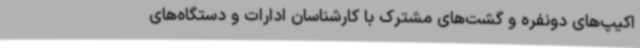
اکیپ‌های دونفره و گشت‌های مشترک با کارشناسان ادارات و دستگاه‌های